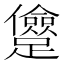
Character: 𨇓